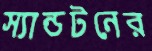
স্যান্ডটনের